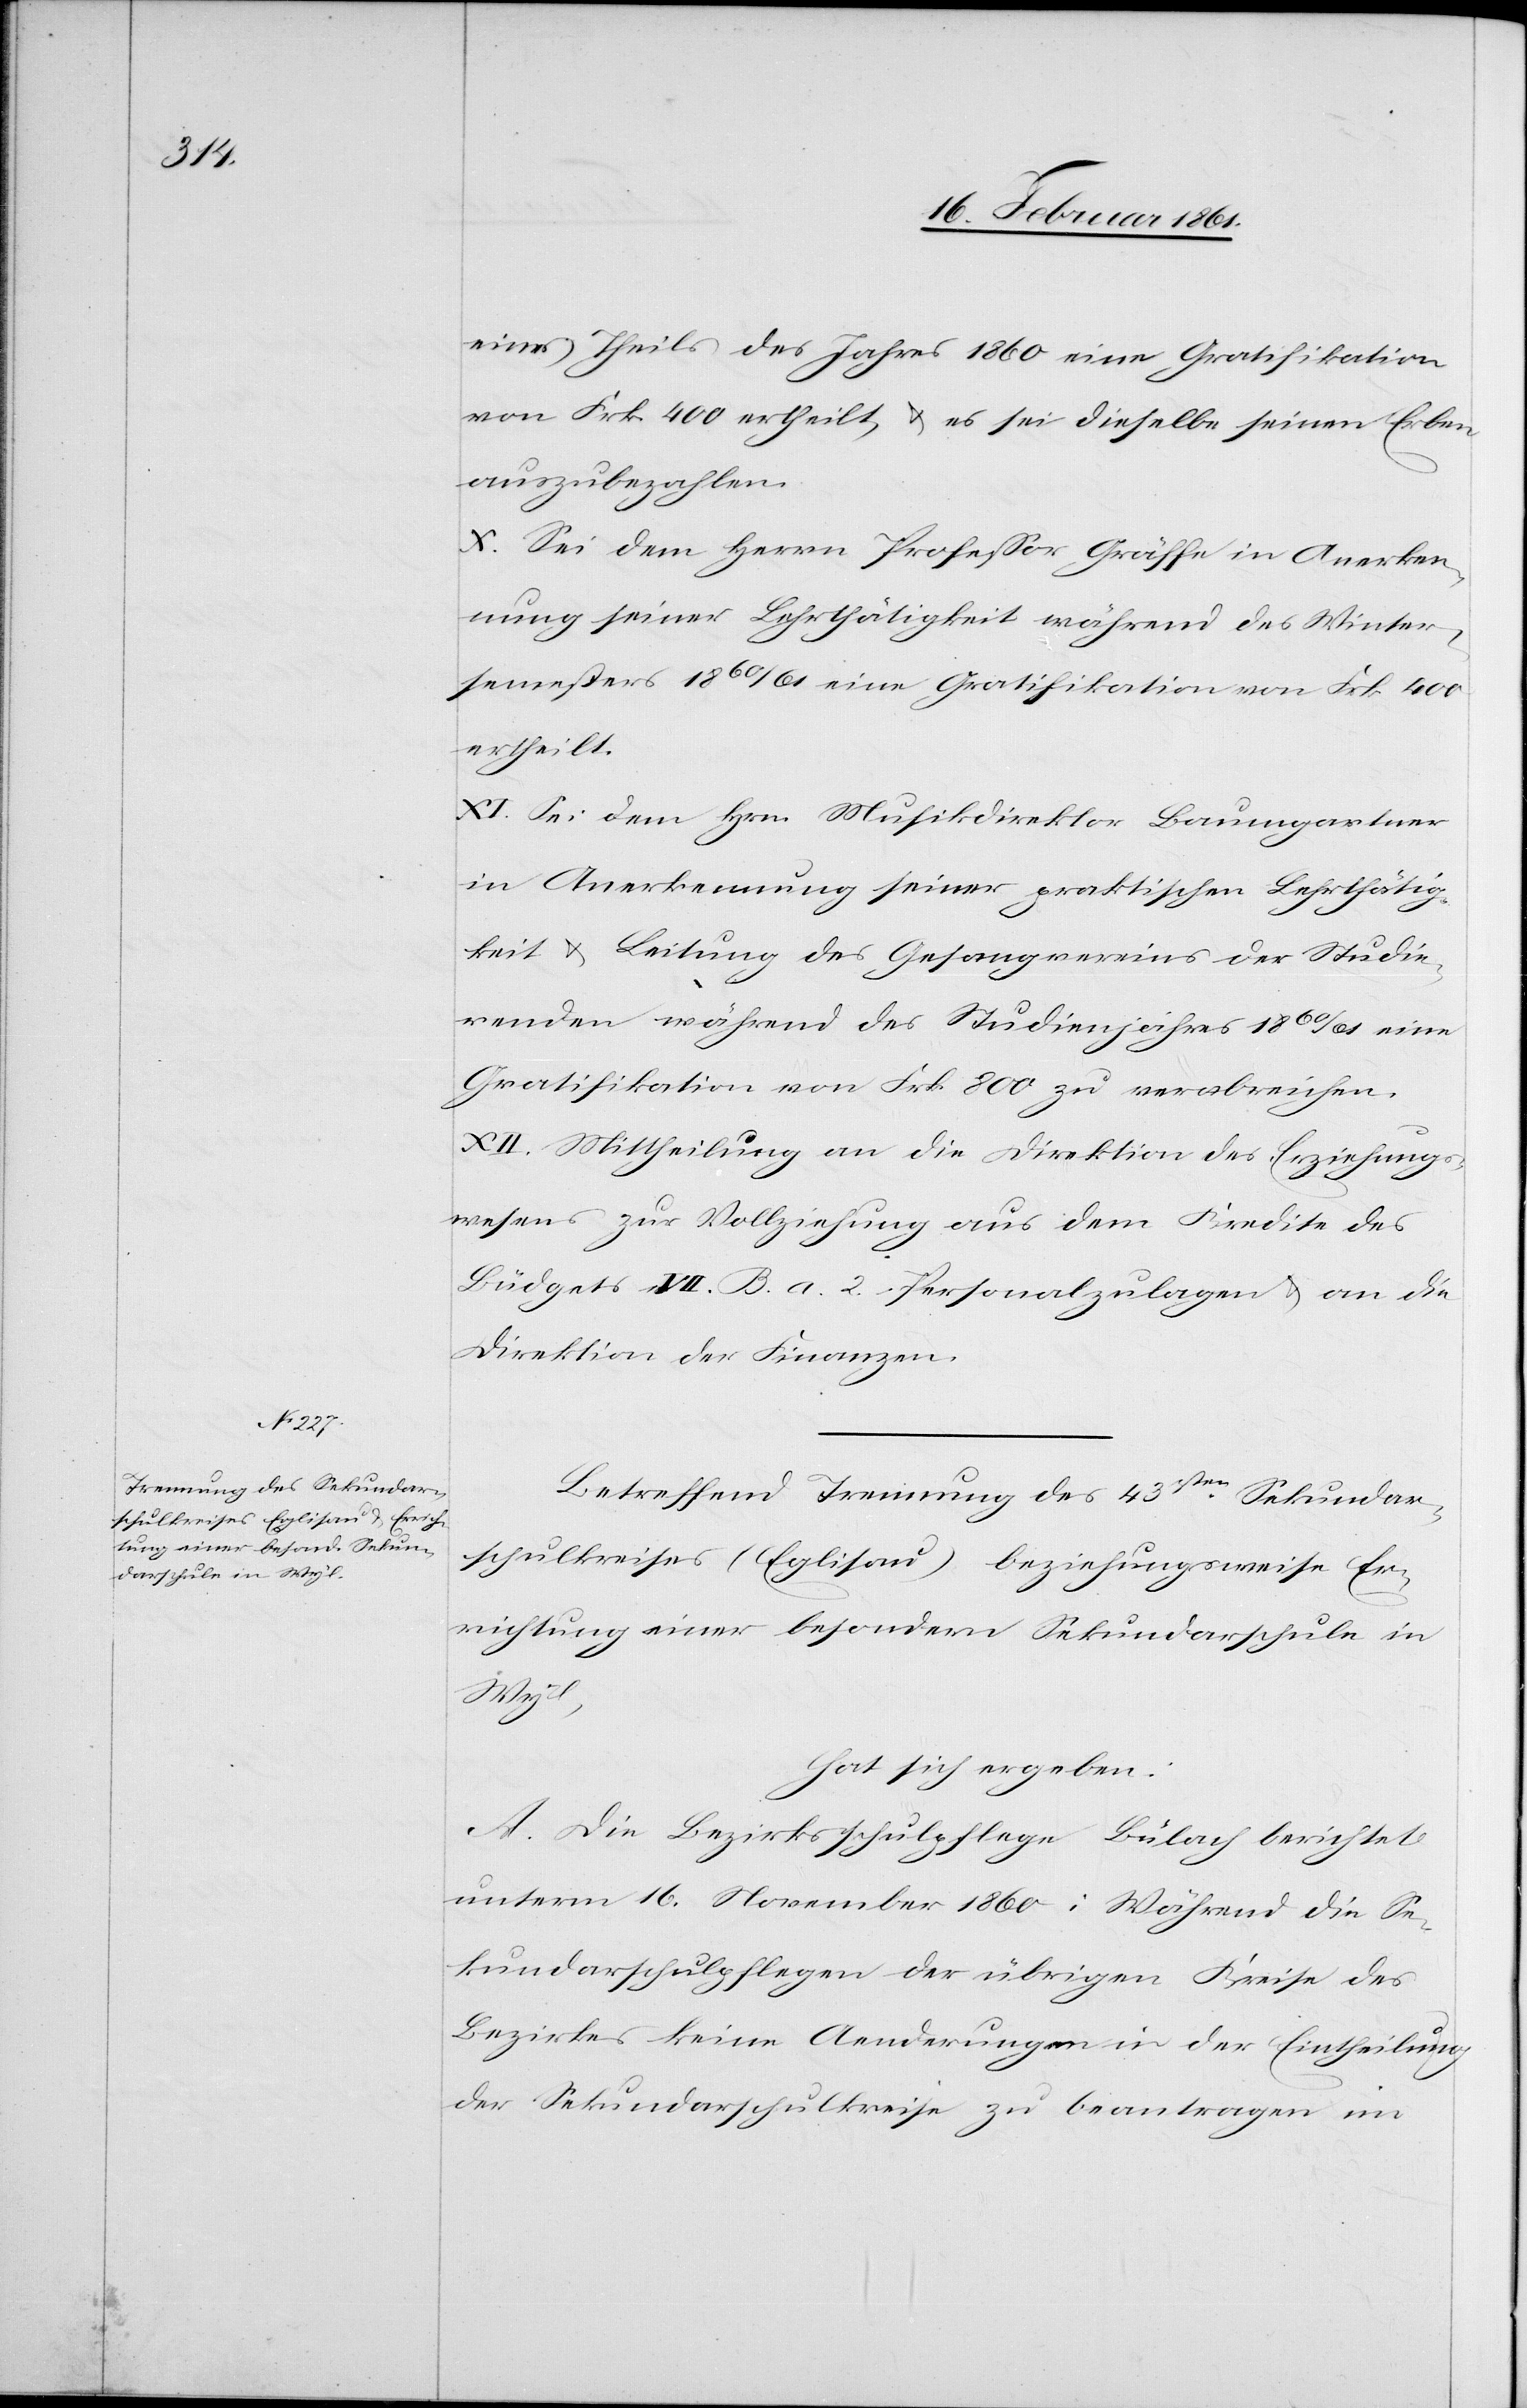
eines Theils des Jahres 1860 eine Gratifikation
von Frk. 400 ertheilt, u. es sei dieselbe seinen Erben
auszubezahlen.
X. Sei dem Herrn Professor Gräffe in Anerken¬
nung seiner Lehrthätigkeit während des Winter¬
semesters 1860/61 eine Gratifikation von Frk. 400
ertheilt.
XI. Sei dem Hrn. Musikdirektor Baumgartner
in Anerkennung seiner praktischen Lehrthätig¬
keit u. Leitung des Gesangvereins der Studie¬
renden während des Studienjahres 1860/61 eine
Gratifikation von Frk. 800 zu verabreichen.
XII. Mittheilung an die Direktion des Erziehungs¬
rathes zur Vollziehung aus dem Kredite des
Büdgets VII. B. a 2 Personalzulagen u. an die
Direktion der Finanzen.
Betreffend Trennung des 43sten Sekundar¬
schulkreises (Eglisau) beziehungsweise Er¬
richtung einer besondern Sekundarschule in
Wyl,
hat sich ergeben:
A. Die Bezirksschulpflege Bülach berichtet
unterm 16. November 1860: Während die Se¬
kundarschulpflegender übrigen Kreise des
Bezirkes keine Aenderungen in der Eintheilung
der Sekundarschulkreise zu beantragen im